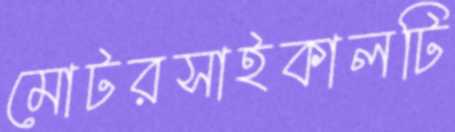
মোটরসাইকালটি